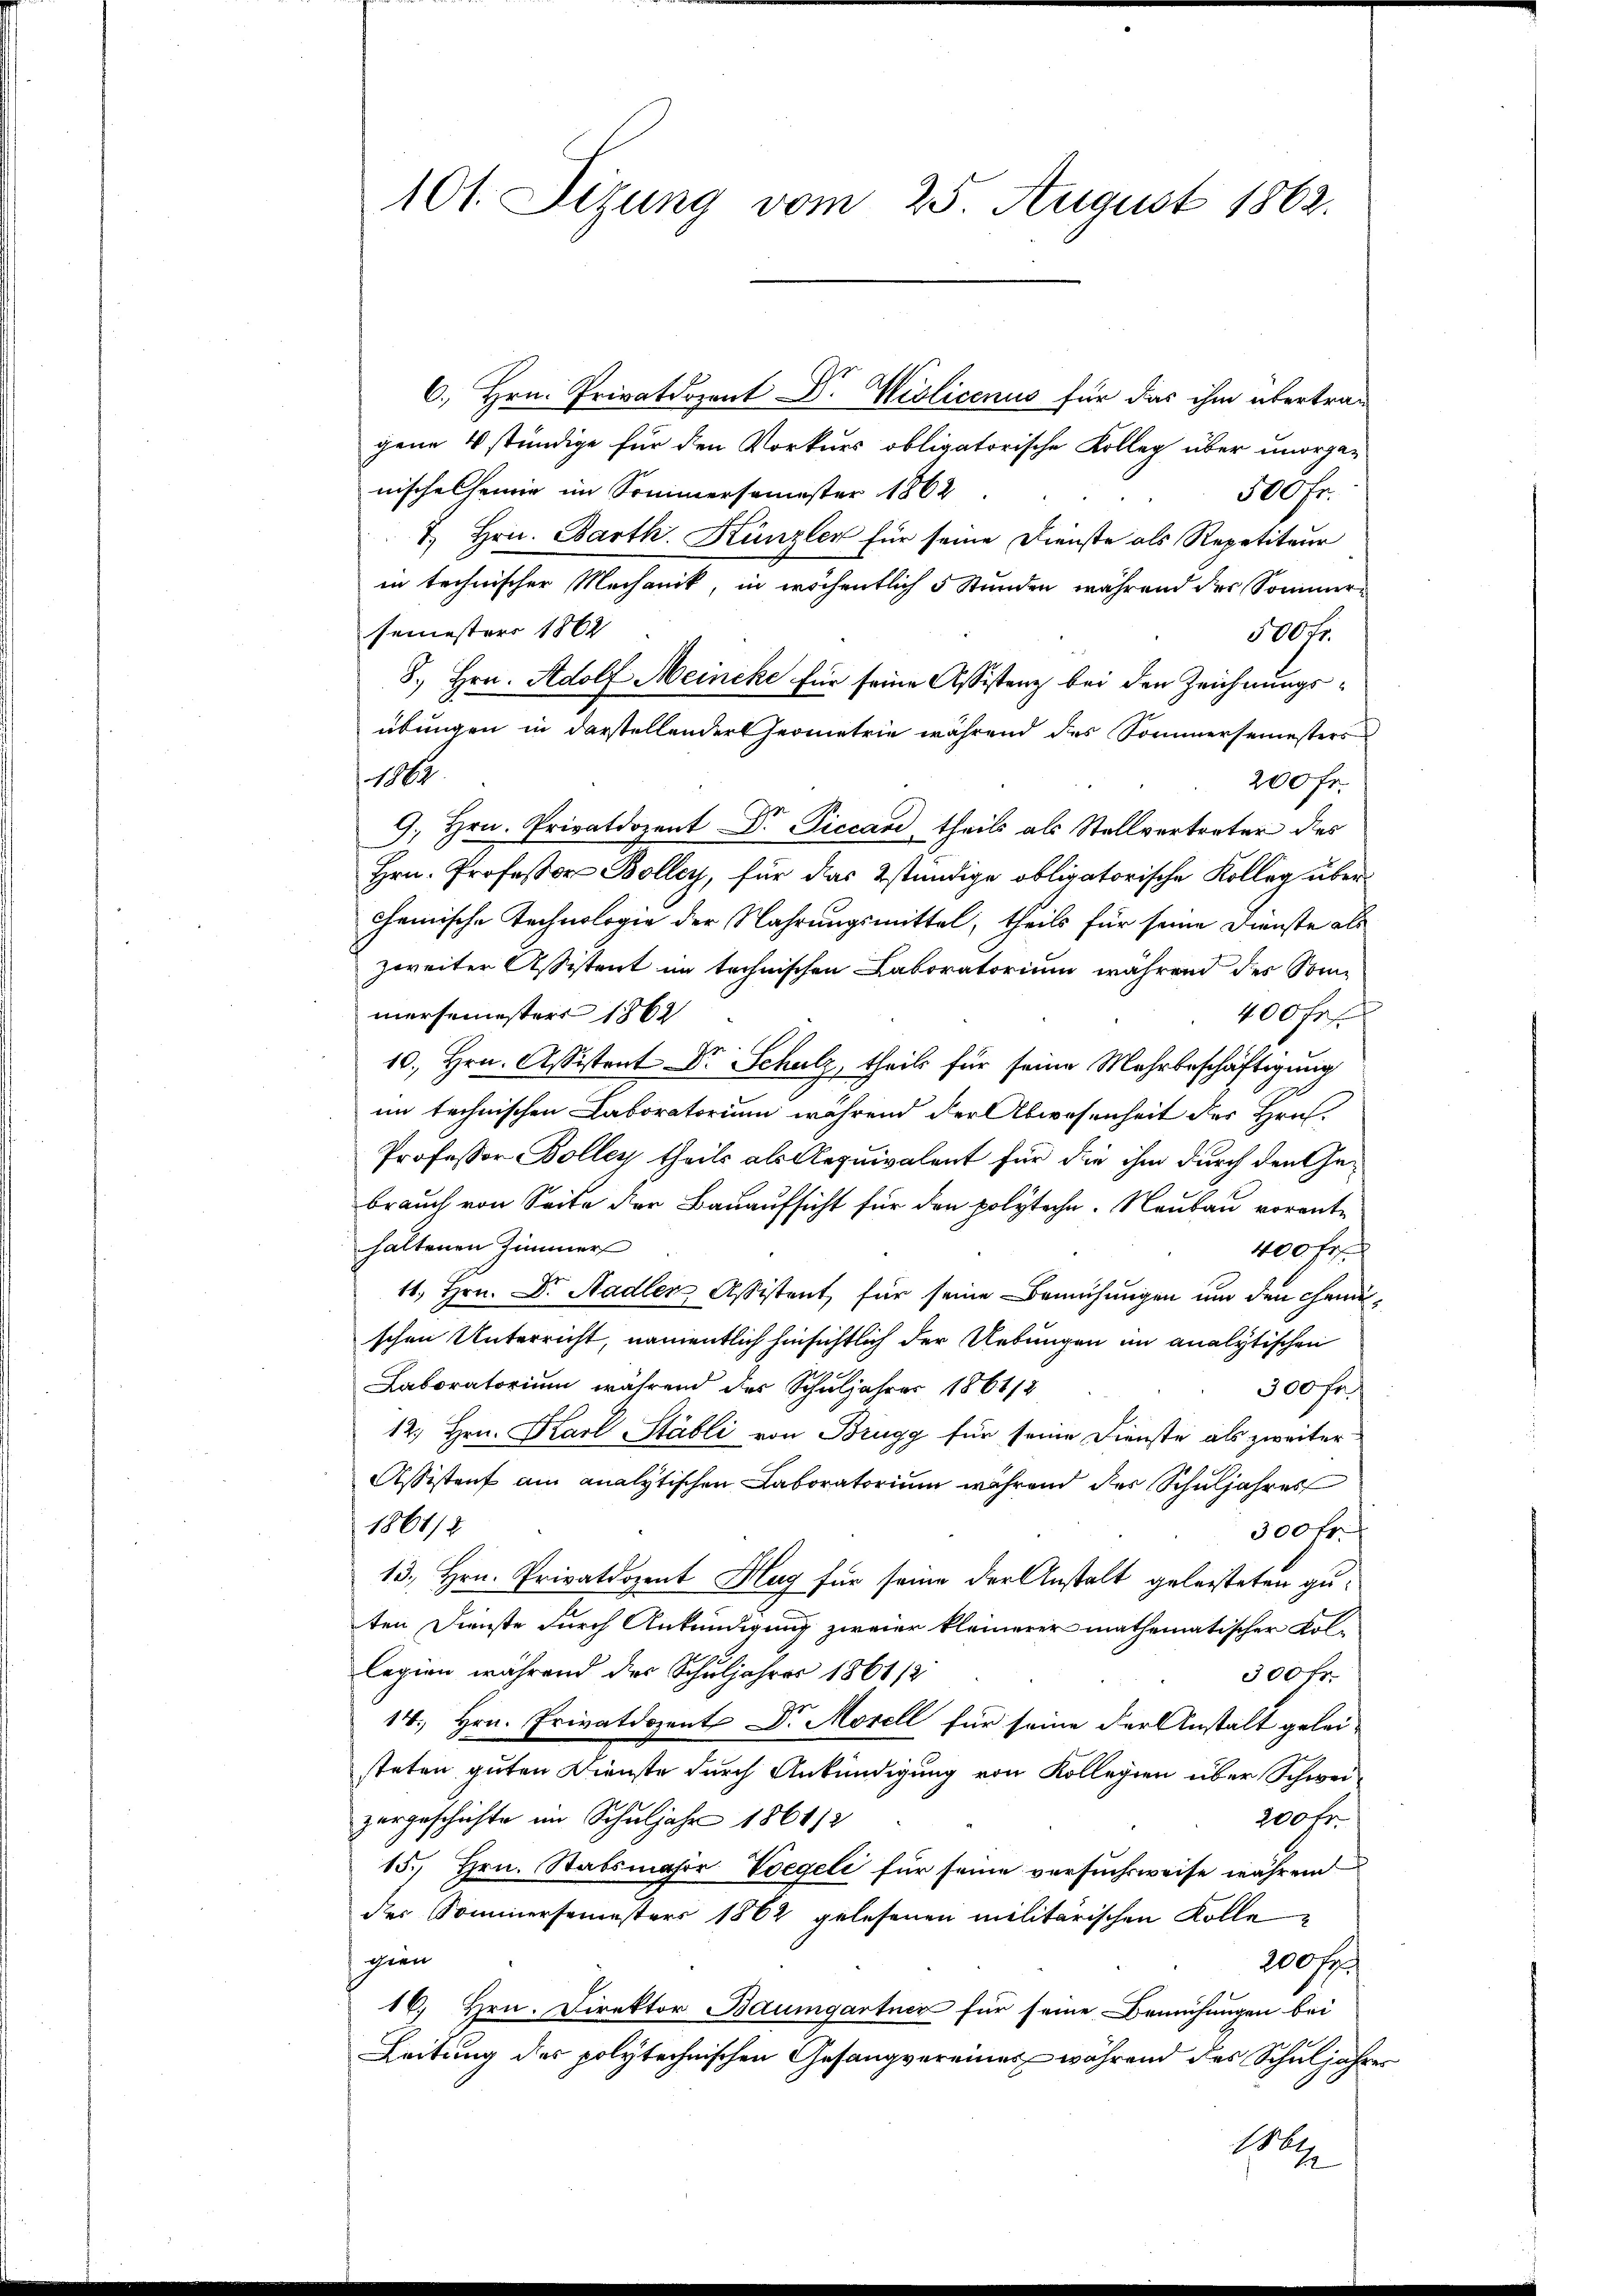
101. Sizung vom 25. August 1862.

6., Hrn. Privatdozent Dr. Wiolicenus für das ihm übertrag
gene 4 stündige für den Vorkurs obligatorische Kolleg über unorga-
nischelheimie im Sommersemester 1862
100fr.
&. Hrn. Barth. Künzler für seine Dienste als Repetiteur
in technischer Mechanik, in erschentlich 5 Stunden während der Sommer
semester 1862
500 fr.
8., Hrn. Adolf Meincke für seine Assistenz bei den Zeichnungsübungen in darstellender Geometrie während des Sommersemesters
1882
200 Fr.
9. Hrn. Privatdozent Dr. Piccan, theils als Stellvertreter des
Hrn. Professor Bolley, für das stündige obligatorische Kolleg über¬
Chemische Technologie der Nahrungsmittel, theils für seine Dienste als
zweiter Assistent im technischen Laboratorium während des Stanmersemesters 1862
400 fr
10., Hrn. Assistent Dr Schulz, theils für seine Mehrbeschäftigung
im technischen Laboratorium während der Abwesenheit der Hrn.
Professor Bollen theils als Aequivalent für die ihm durch den Gebrauch von Seite der Bauaufsicht für den polyteche. Neubau vorenthaltenen Zimmer
400 fr
11., Hrn. Dr. Stadler Assistent für seine Bemühungen und den Chemischen Unterricht, namentlich hinsichtlich der Uebungen in analytischen
Laboratorium während des Schuljahres 1861/2
300 fr f
12., Hrn. Karl Stäbli von Brugg für seine Dienste als zweiter
Assistens am analytischen Laboratorium während der Schuljahres
1861/2
300 fr.
13., Hrn. Privatdozent Hug für seine der Anstalt geleisteten guten Dienste durch Ankündigung zweier kleinerer mathematischer Kol-
legien während der Schuljahres 1861/2
300 fr.
14. Hrn. Privatdozent Dr. Morell für seine der Anstalt gelei-
steten guten Dienste durch Ankündigung von Kollegien über Schweizergeschichte im Schuljahr 1861/2
200 fr.
15., Hrn. Stabsmashor-Voegeli für seine versuchsweise während
der Sommersemesters 1862 gelesenen militärischen Kollegien
200 fr.
16. Hrn. Direktor Baumgartner für seine Bemühungen bei
.
Leitung des polytechnischen Gesangvereines während des Schuljahres
1864